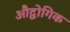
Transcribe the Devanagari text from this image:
औद्वोगिक